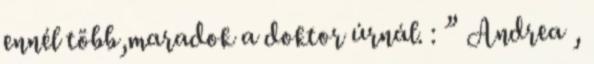
ennél több,maradok a doktor úrnál. : ” Andrea ,